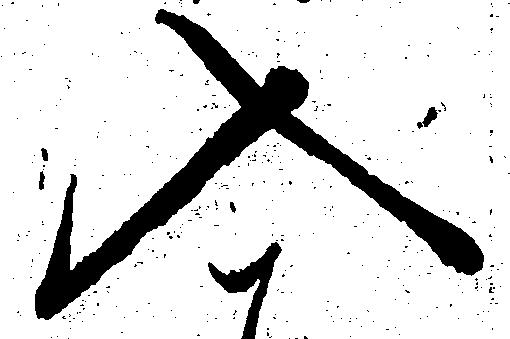
入